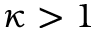
\kappa > 1